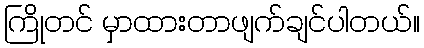
ကြိုတင် မှာထားတာဖျက်ချင်ပါတယ်။